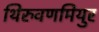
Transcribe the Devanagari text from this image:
थिरुवणमियुर